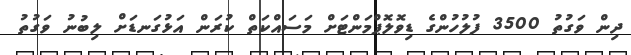
ދިން ވަގުތު 3500 ފުލުހުންގެ ޑިވޮލޮޕްމަންޓަށް މަސައްކަތް ކުރަން އަޅުގަނޑަށް ލިބުނު ވަގުތު